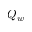
Q _ { w }